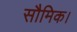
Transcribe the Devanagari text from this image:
सौमिक।